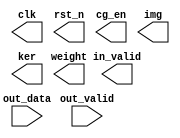
module PATTERN(
	// Output signals
	clk,
	rst_n,
	cg_en,
	in_valid,
	img,
	ker,
	weight,

	// Input signals
	out_valid,
	out_data
);

output reg clk;
output reg rst_n;
output reg cg_en;
output reg in_valid;
output reg [7:0] img;
output reg [7:0] ker;
output reg [7:0] weight;

input out_valid;
input  [9:0] out_data;

//================================================================
// Clock
//================================================================



//================================================================
// parameters & integer
//================================================================



//================================================================
// Wire & Reg Declaration
//================================================================




endmodule